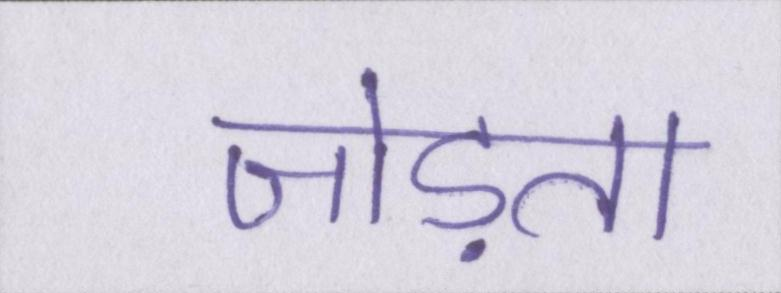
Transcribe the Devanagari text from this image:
जोड़ता